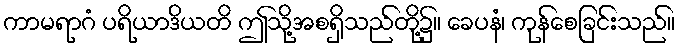
ကာမရာဂံ ပရိယာဒိယတိ ဤသို့အစရှိသည်တို့၌။ ခေပနံ၊ ကုန်စေခြင်းသည်။